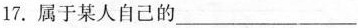
17.属于某人自己的___